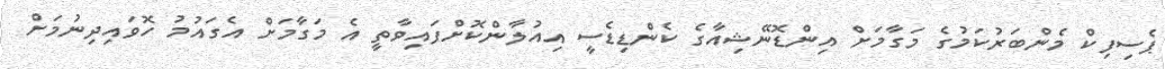
ޕެސިފިކް މެންބަރުކަމުގެ މަގާމަށް އިންޑޮނޭޝިއާގެ ކެންޑިޑެސީ އިއުލާންކޮށްފައިވާތީ އެ މަގާމަށް އެގައުމު ހޮވައިދިނުމަށް